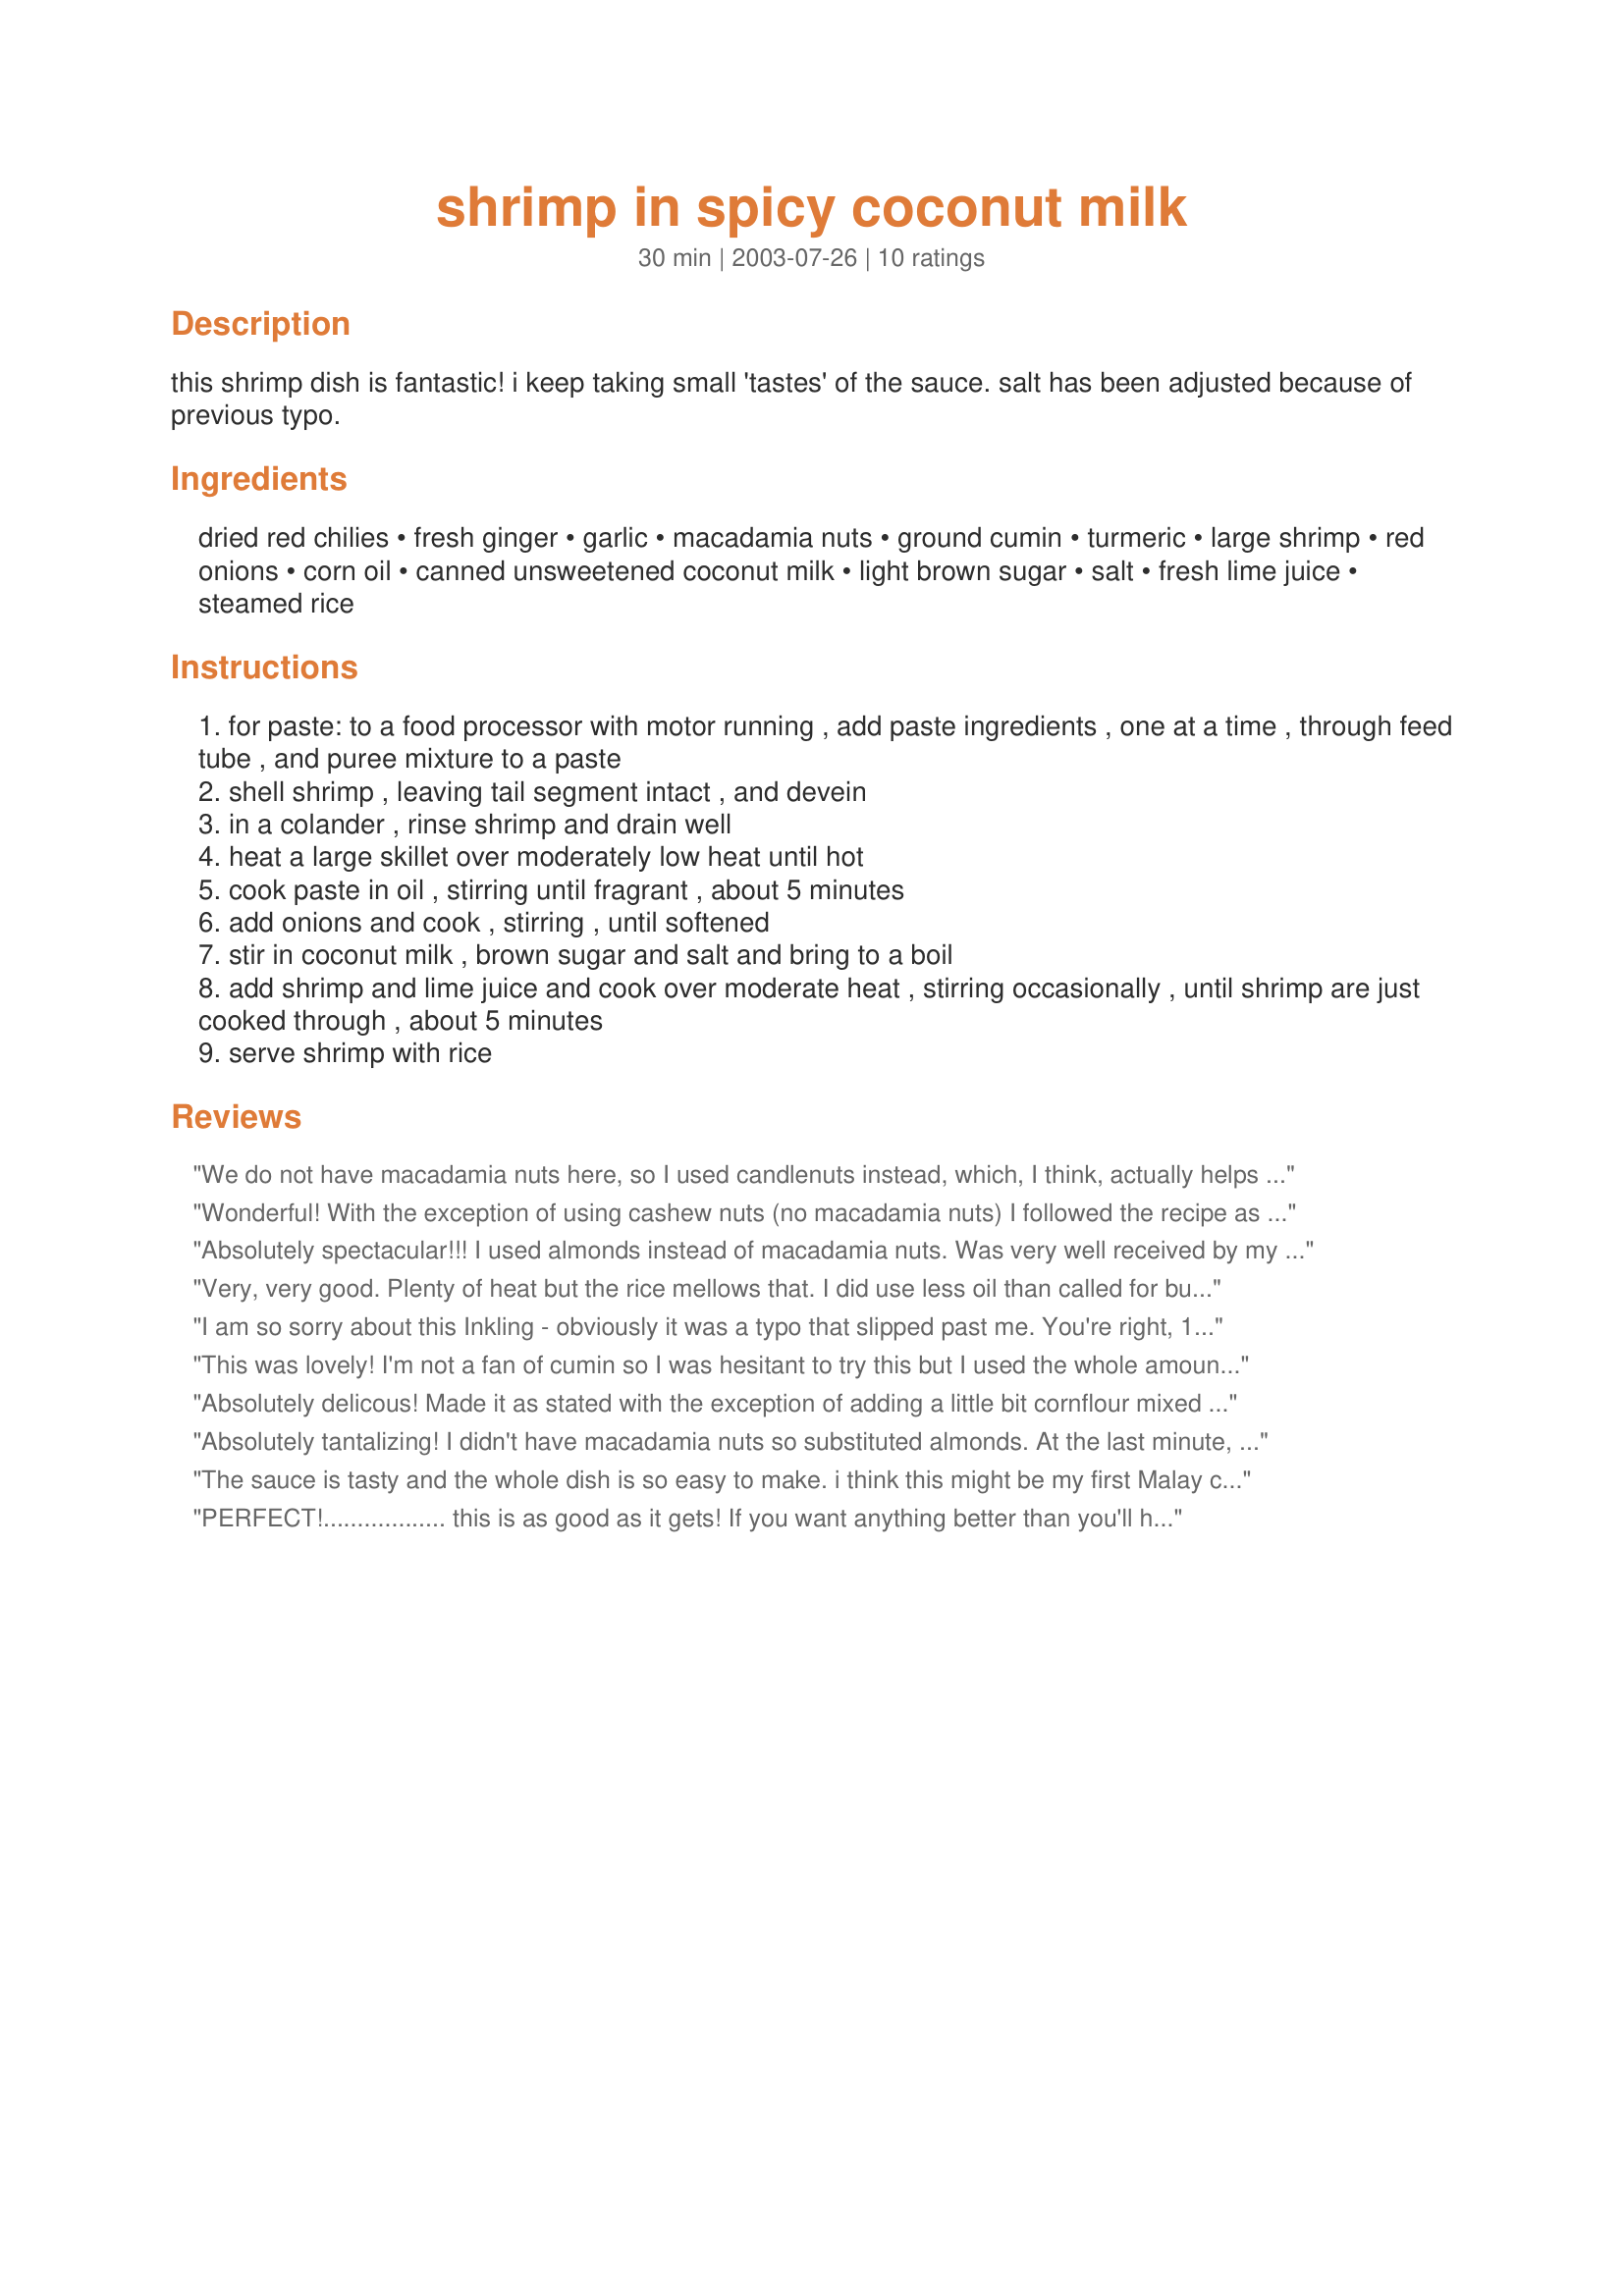
shrimp in spicy coconut milk
Preparation time: 30 minutes

this shrimp dish is fantastic! i keep taking small 'tastes' of the sauce. salt has been adjusted because of previous typo.

Ingredients:
dried red chilies, fresh ginger, garlic, macadamia nuts, ground cumin, turmeric, large shrimp, red onions, corn oil, canned unsweetened coconut milk, light brown sugar, salt, fresh lime juice, steamed rice

Steps:
for paste: to a food processor with motor running , add paste ingredients , one at a time , through feed tube , and puree mixture to a paste
shell shrimp , leaving tail segment intact , and devein
in a colander , rinse shrimp and drain well
heat a large skillet over moderately low heat until hot
cook paste in oil , stirring until fragrant , about 5 minutes
add onions and cook , stirring , until softened
stir in coconut milk , brown sugar and salt and bring to a boil
add shrimp and lime juice and cook over moderate heat , stirring occasionally , until shrimp are just cooked through , about 5 minutes
serve shrimp with rice

Reviews:
We do not have macadamia nuts here, so I used candlenuts instead, which, I think, actually helps make it more "Asian" tasting. Used fresh coconut milk, and fresh turmeric too, and palm sugar instead of brown sugar. All 4 kids loved this recipe, so this will be made regularly at our home. Thank you so much for yet another wonderful recipe.
Wonderful! With the exception of using cashew nuts (no macadamia nuts) I followed the recipe as written, and loved the flavour and appearance.
Absolutely spectacular!!! I used almonds instead of macadamia nuts.
Was very well received by my dinner guests. Sent one couple home with the recipe. I will make again and again. I will try with pumpkin or yams next time.
Very, very good. Plenty of heat but the rice mellows that. I did use less oil than called for but otherwise didn't change a thing. Thanks, evelyn. Great recipe.
I am so sorry about this Inkling - obviously it was a typo that slipped past me. You're right, 1 TABLESPOONFUL of salt is excessive, to say the least. I've submitted the correction and hope you'll make this dish as it's meant to be enjoyed, again.
This was lovely! I'm not a fan of cumin so I was hesitant to try this but I used the whole amount and it was just delicious. I had to use peanut oil and lemon juice since that's all I had on hand. Also, I left the shrimp in the fridge too long and it turned pink -EW! I substituted 1 lb. of button mushrooms cut in half. I can't wait to try it with the shrimp.
Absolutely delicous! Made it as stated with the exception of adding a little bit cornflour mixed in a tiny amount of water at the end of the cooking to bind the sauce. A keeper for sure! BF wants the recipe and he will cook it for his brother's family. Thank you so much, Ev!
Absolutely tantalizing! I didn't have macadamia nuts so substituted almonds. At the last minute, I found I was out of fresh ginger, so I used 1 teaspoon powdered. It turned out spicy, creamy, rich and and wonderfully aromatic. Thanks for posting this, Evelyn!
The sauce is tasty and the whole dish is so easy to make. i think this might be my first Malay cooking experience, and I'm so happy with the way it turned out. Made on Valentine's Day and served it with a crunchy radish salad, which Troy didn't bother to eat -- "What's the point?" -- though he had seconds of the Shrimp. Will make again!
PERFECT!..................
this is as good as it gets! If you want anything better than you'll have to go to a very fine restaurant.
